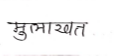
मजकूर: मुलाखत